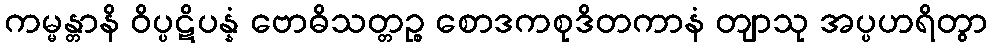
ကမ္မန္တာနိ ဝိပ္ပဋိပန္နံ ဗောဓိသတ္တဉ္စ စောဒကစုဒိတကာနံ တျာသု အပ္ပဟရိတွာ